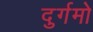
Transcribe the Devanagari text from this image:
दुर्गमो